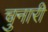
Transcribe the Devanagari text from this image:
चुनारी